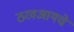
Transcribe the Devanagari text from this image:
ठरवआयचे